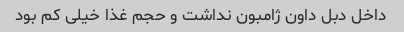
داخل دبل داون ژامبون نداشت و حجم غذا خیلی کم بود